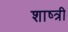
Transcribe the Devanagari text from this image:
शाष्त्री